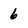
Character: 6